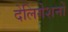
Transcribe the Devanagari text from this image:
देलिगेशनों